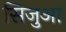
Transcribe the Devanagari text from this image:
सिजुआ